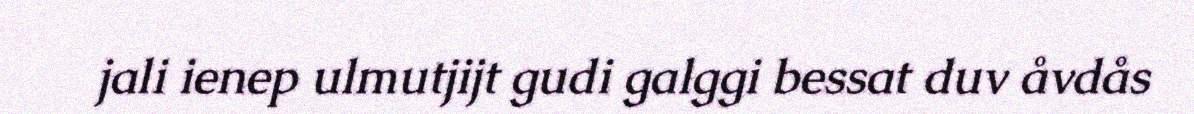
jali ienep ulmutjijt gudi galggi bessat duv åvdås